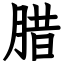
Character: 腊